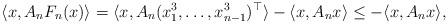
LaTeX: \begin{align*}&\langle x,A_nF_n(x)\rangle =\langle x,A_n(x_1^3,\ldots,x_{n-1}^3)^\top\rangle -\langle x,A_nx\rangle \le -\langle x,A_nx\rangle,\end{align*}